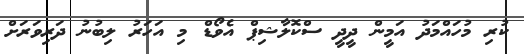
ކުރި މުހައްމަދު އަމީން ދީދީ ސްކޮލާޝިޕް އެވޯޑް މި އަހަރު ލިބުނު ދަރިވަރަށް